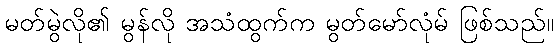
မတ်မွဲလို၏ မွန်လို အသံထွက်က မွတ်မော်လုံမ် ဖြစ်သည်။